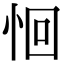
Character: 恛